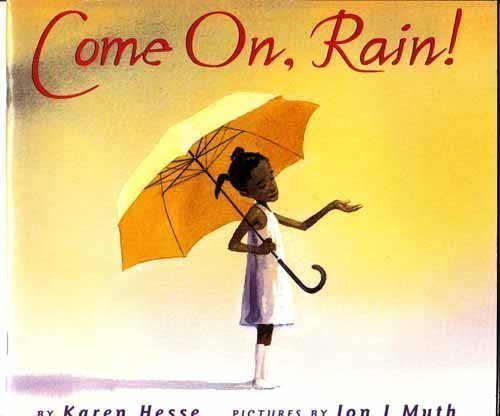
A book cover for Come On, Rain; Karen Hesse; Literature & Fiction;